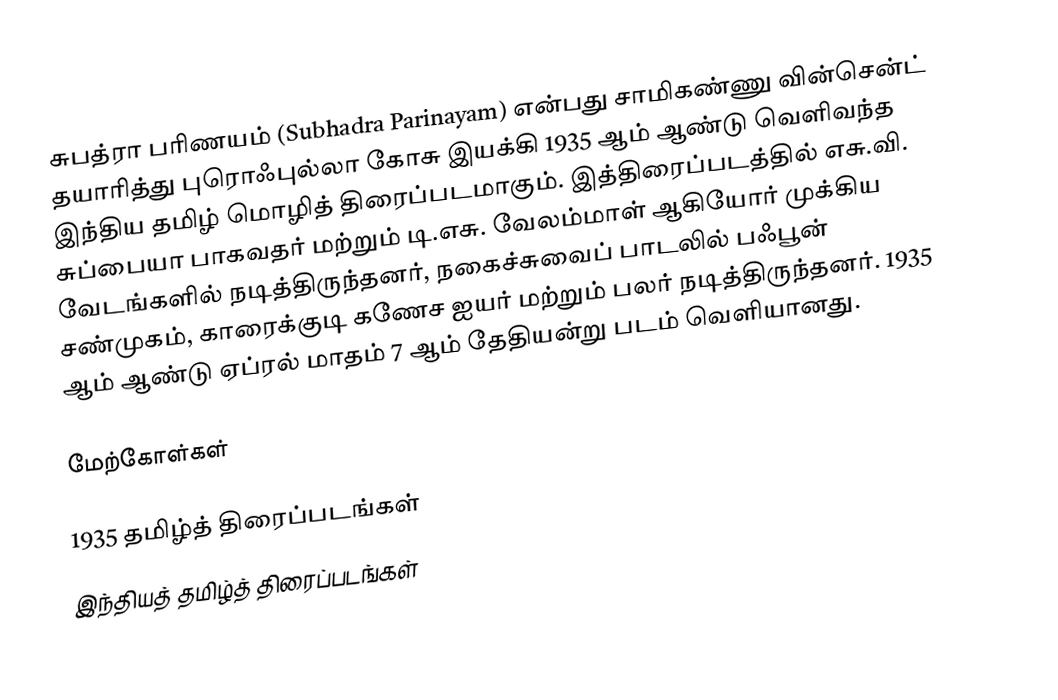
சுபத்ரா பரிணயம் (Subhadra Parinayam) என்பது சாமிகண்ணு வின்சென்ட் தயாரித்து புரொஃபுல்லா கோசு இயக்கி 1935 ஆம் ஆண்டு வெளிவந்த இந்திய தமிழ் மொழித் திரைப்படமாகும். இத்திரைப்படத்தில் எசு.வி. சுப்பையா பாகவதர் மற்றும் டி.எசு. வேலம்மாள் ஆகியோர் முக்கிய வேடங்களில் நடித்திருந்தனர், நகைச்சுவைப் பாடலில் பஃபூன் சண்முகம், காரைக்குடி கணேச ஐயர் மற்றும் பலர் நடித்திருந்தனர். 1935 ஆம் ஆண்டு ஏப்ரல் மாதம் 7 ஆம் தேதியன்று படம் வெளியானது.

மேற்கோள்கள்

1935 தமிழ்த் திரைப்படங்கள்
இந்தியத் தமிழ்த் திரைப்படங்கள்